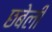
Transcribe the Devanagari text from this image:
छबेली